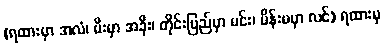
(ရထားမှာ အလံ၊ မီးမှာ အခိုး၊ တိုင်းပြည်မှာ မင်း၊ မိန်းမမှာ လင်) ရထားမှ